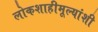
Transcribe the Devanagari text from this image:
लोकशाहीमूल्यांशी